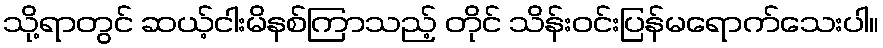
သို့ရာတွင် ဆယ့်ငါးမိနစ်ကြာသည့် တိုင် သိန်းဝင်းပြန်မရောက်သေးပါ။